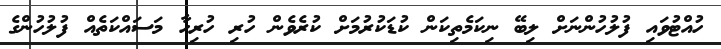
ހުއްޓުވައި ފުލުހުންނަށް ލިބޭ ނިކަމެތިކަން ކުޑަކުރުމަށް ކުރެވެން ހުރި ހުރިހާ މަސައްކަތެއް ފުލުހުންގެ